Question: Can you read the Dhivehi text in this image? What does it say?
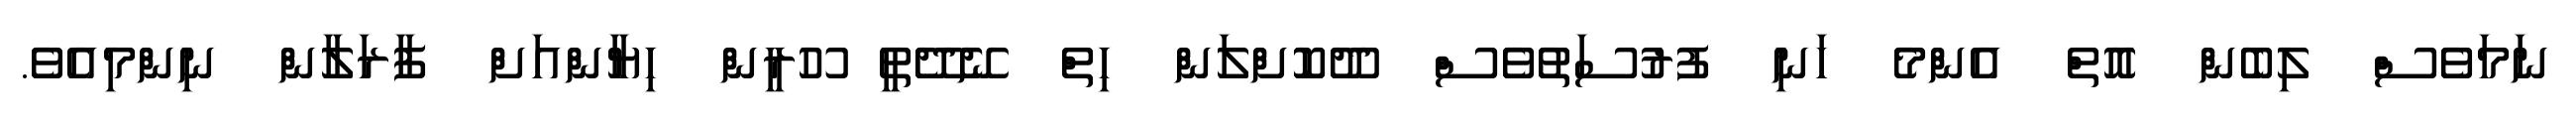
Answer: ނަމަވެސް ލިބެން އޮތް އެންމެ ހަނި ފުރުސަތުވެސް ދޫކޮށްލަން ހިތް ނޭދޭތީ ހޫރީން ހިޔާންއަށް ފާރަލާން ނިންމިއެވެ.